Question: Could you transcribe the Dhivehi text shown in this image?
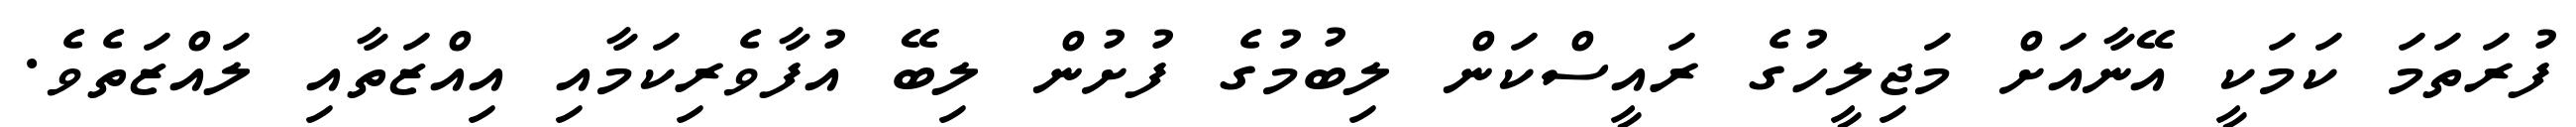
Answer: ފުރަތަމަ ކަމަކީ އޭނާއަށް މަޖިލީހުގެ ރައީސްކަން ލިބުމުގެ ފުށުން ލިބޭ އުފާވެރިކަމާއި އިއްޒަތާއި ލައްޒަތެވެ.